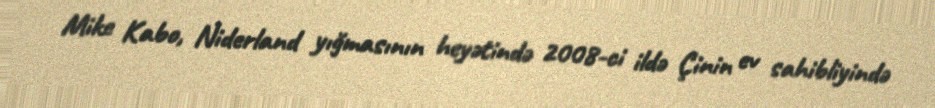
Mike Kabo, Niderland yığmasının heyətində 2008-ci ildə Çinin ev sahibliyində